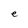
Character: e